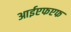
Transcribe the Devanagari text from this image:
आईएफएफ